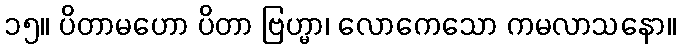
၁၅။ ပိတာမဟော ပိတာ ဗြဟ္မာ၊ လောကေသော ကမလာသနော။